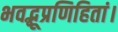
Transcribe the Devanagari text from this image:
भवद्भूप्रणिहितां।